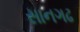
સાનગઢ